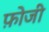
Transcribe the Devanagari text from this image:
फ़ोजी